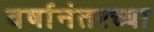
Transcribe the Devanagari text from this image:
वर्षानंतरच्या